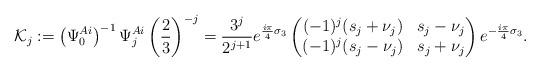
LaTeX: \begin{align*} \mathcal{K}_j:=\left(\Psi^{Ai}_{0}\right)^{-1}\Psi^{Ai}_{j}\left(\frac{2}{3}\right)^{-j}=\frac{3^j}{2^{j+1}} e^{\frac{i\pi}{4}\sigma_3} \begin{pmatrix} (-1)^{j}(s_j+\nu_j) & s_j-\nu_j\\ (-1)^{j}(s_j-\nu_j) & s_j+\nu_j \end{pmatrix} e^{-\frac{i\pi}{4}\sigma_3}.\end{align*}